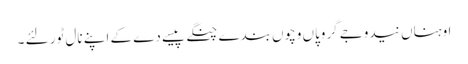
اوہناں نیدوجے گروپاں وچوں بندے چنگے پیسے دے کے اپنے نال ٹور لئے ۔